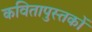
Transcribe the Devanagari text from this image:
कवितापुस्तकों